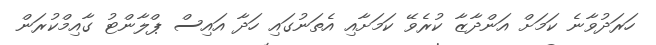
ހަރަދުވާނެ ކަމަށް އަންދާޒާ ކުރެވޭ ކަމަށާއި އެތަނުގައި ހަދާ އައިސް ޕްލާންޓު ގާއިމްކުރަން